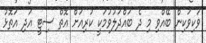
ވަކިވަކިން ބޭއްވި މި ދެ ބައްދަލުވުމަކީ ކުރިއަށް އޮތް ސިޓީ އަދި އަތޮޅު